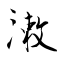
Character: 潄